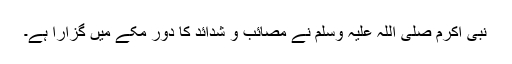
نبی اکرم صلی اللہ علیہ وسلم نے مصائب و شدائد کا دور مکے میں گزارا ہے۔